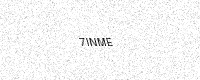
Text: 7INME